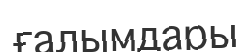
ғалымдары